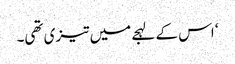
‘ اس کے لہجے میں تیزی تھی۔